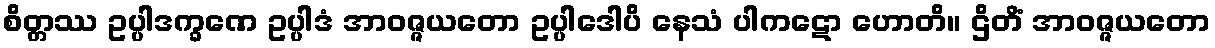
စိတ္တဿ ဥပ္ပါဒက္ခဏေ ဥပ္ပါဒံ အာဝဇ္ဇယတော ဥပ္ပါဒေါပိ နေသံ ပါကဋော ဟောတိ။ ဌိတိံ အာဝဇ္ဇယတော